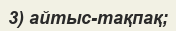
3) айтыс-тақпақ;